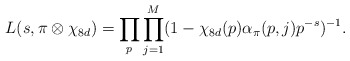
\begin{align*} L(s, \pi \otimes \chi_{8d})=\prod_p\prod^M_{j=1}(1-\chi_{8d}(p)\alpha_{\pi}(p, j)p^{-s})^{-1}.\end{align*}